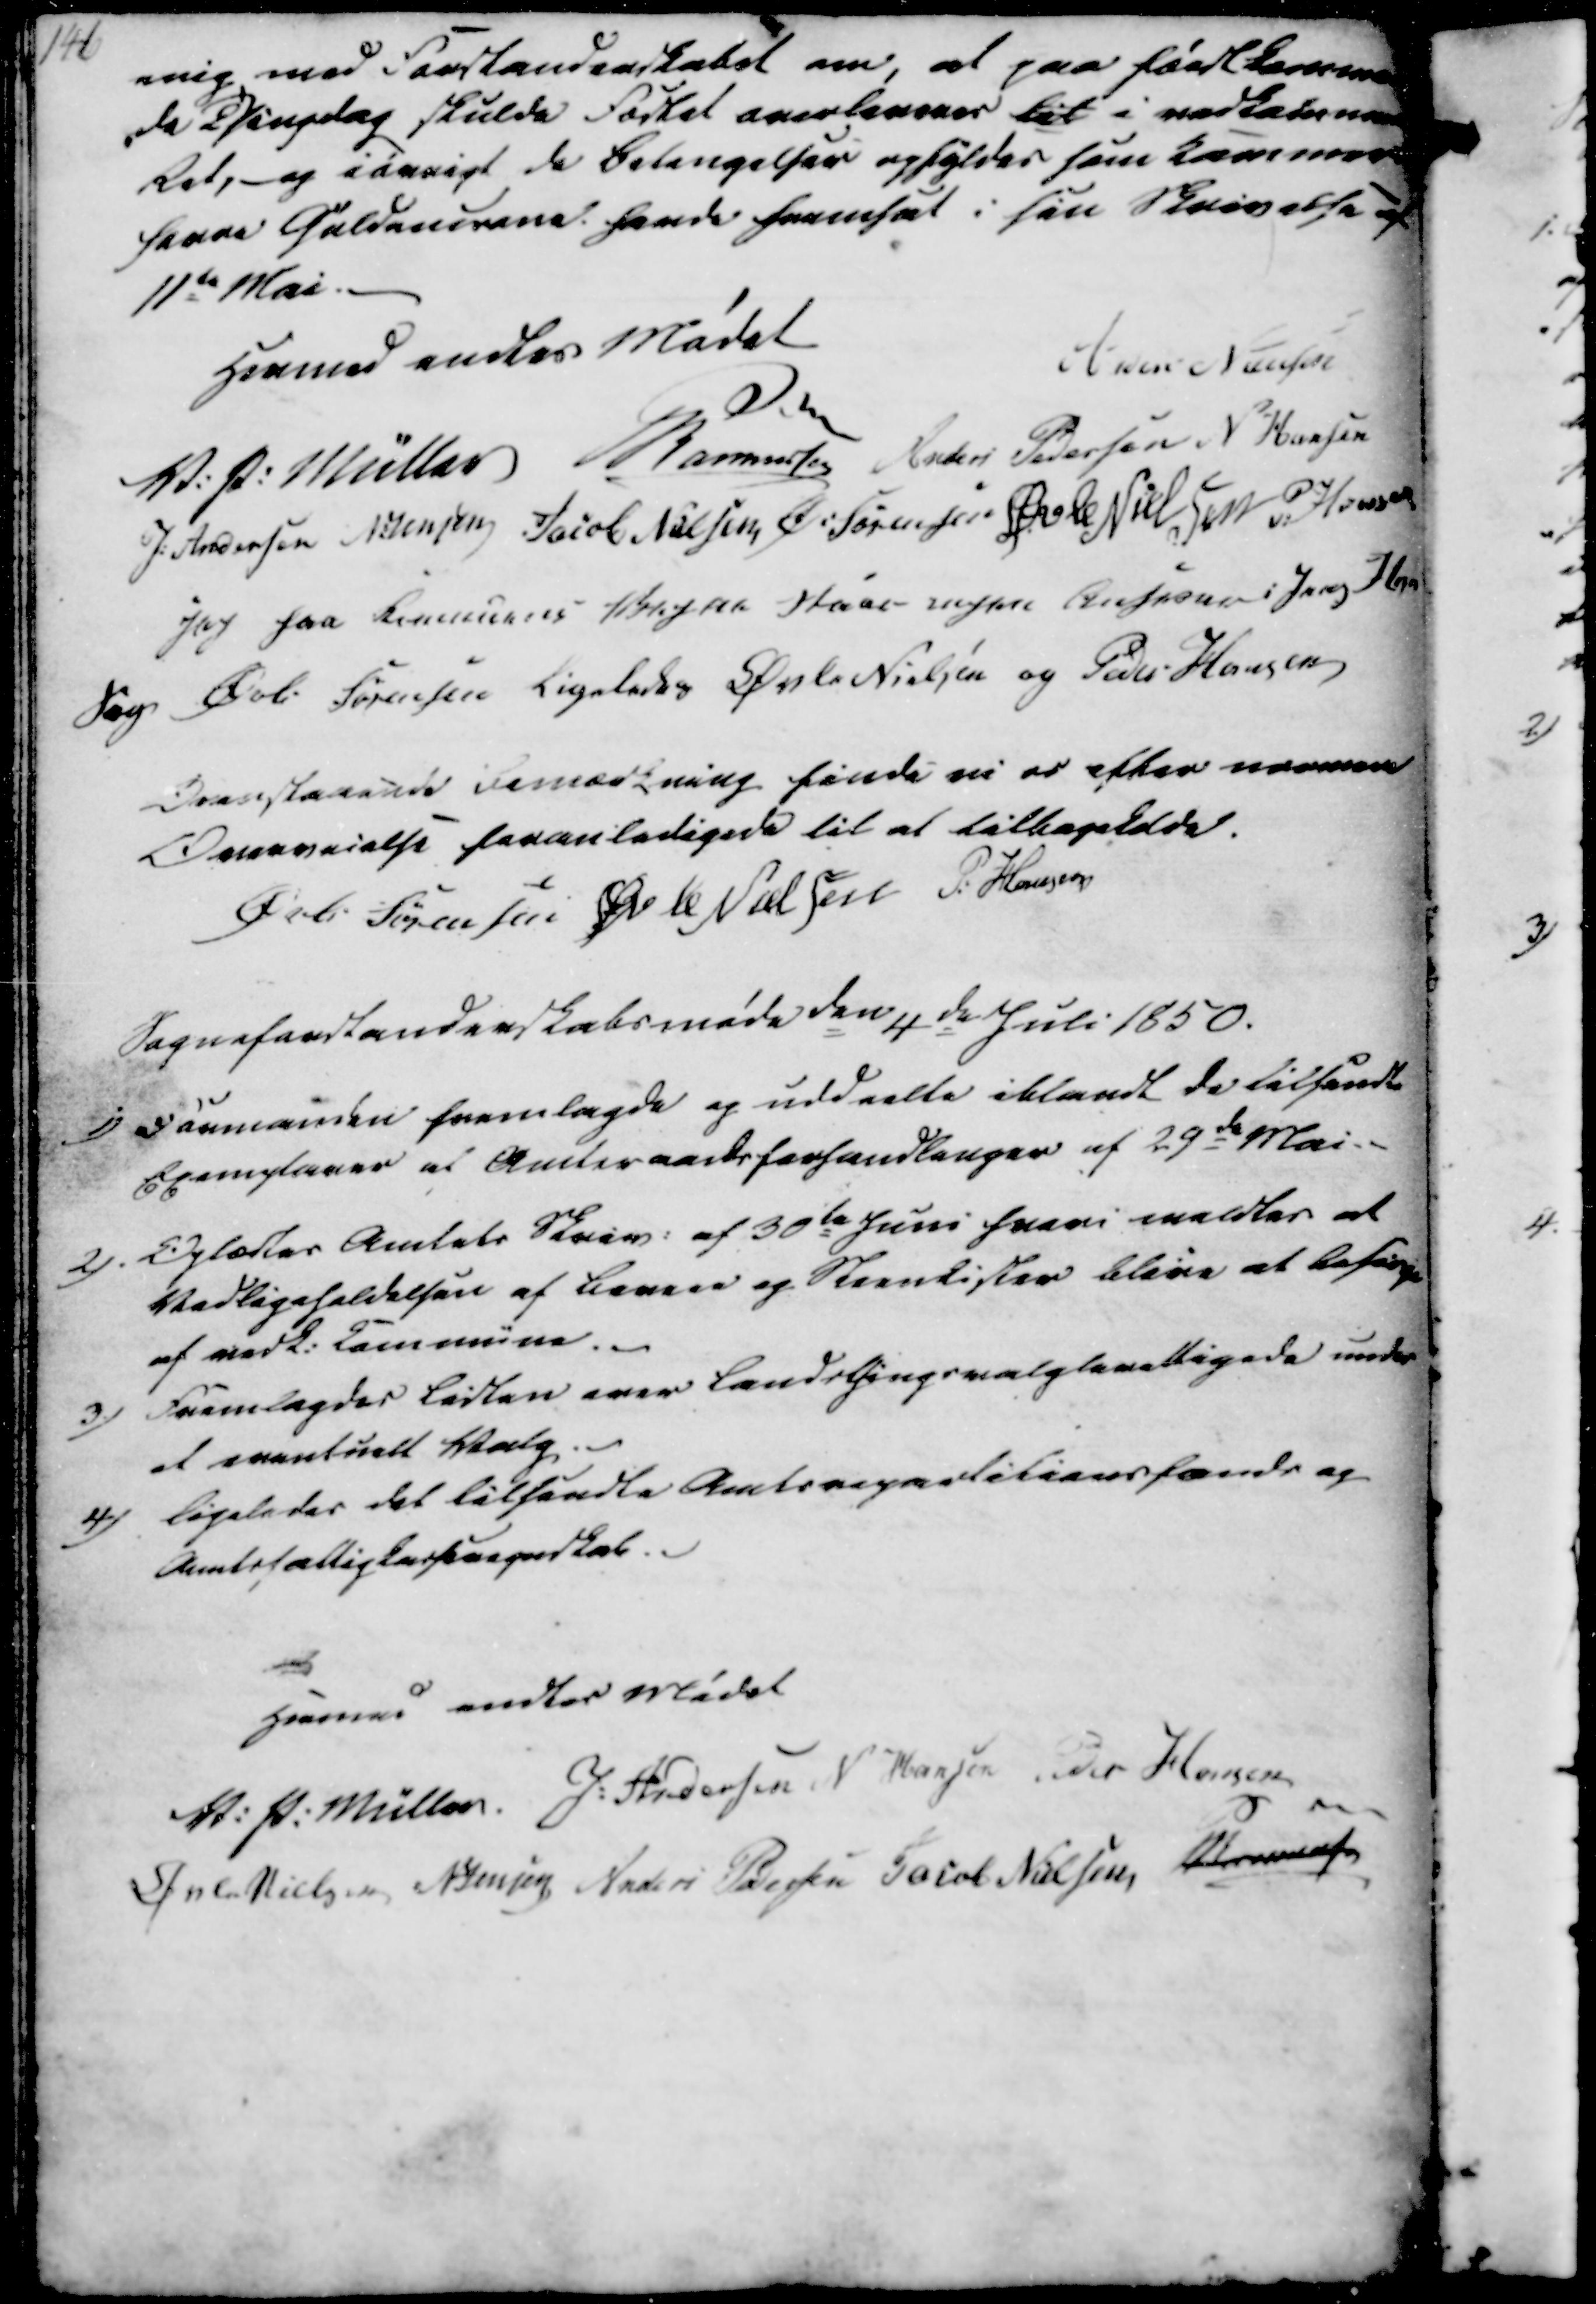
Transskription:
enig med Forstanderskabet om, at paa førstkommen
de Thingdag skulde Fodtel overleveres til i vedkommende
Ret,- og iøvrigt de betengelser opfyldes som kommer
herre Güldencrone havde fremsat i sin Skrivelse af
11te Mai.

Hermed endtes Mødet
Anders Nielsen
V. P. Müller
Rasmussen
Anders Pedersen
N Hansen
J. Andersen
N. Jensen
Jacob Nielsen
Ø. Sørensen
Øvle Nielsen
P. Hansen
jeg paa Kommunens Vegne staar ingen Ansvaar Jens Hna
Sag Øvli Sørensen
Ligeledes Øvle Nielsen og Peder Hansen

Ovenstaaende bemærkning finde vi er efter nærmere
Overveielse foranledigede til at tilbagekalde.
Øvli Sørensen
Øvle Nielsen
P. Hansen

Sogneforstanderskabsmøde den 4de Juli 1850.
1) Formanden fremlagde og uddeelte iblandt de tilsendte
Exemplarer af Amtsraadsforhandlinger af 29de Mai.
2). Oplæstes Amtets Skriv. af 30te Juni hvori meldtes at
Vedligeholdelsen af Bevere og Steenkister blive at befinde
af vedk. Commune.
3.) Fremlagdes Listen over Landsthingsvalgberettigede under
et eventuelt Valg.
4) Ligeledes det tilsendte Amtsrepartitionsfands og
Amtsfattigkasseregnskab.

Hermed endtes Mødet
V. P: Müller
J. Andersen
N Hansen
Peder Hansen
Øvle Nielsen
N Jensen
Anders Pedersen
Jacob Nielsen
P Rasmussen